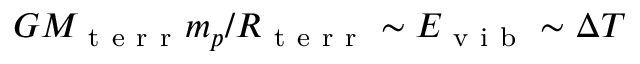
G M _ { \mathrm { ~ t ~ e ~ r ~ r ~ } } m _ { p } / R _ { \mathrm { ~ t ~ e ~ r ~ r ~ } } \sim E _ { \mathrm { ~ v ~ i ~ b ~ } } \sim \Delta T